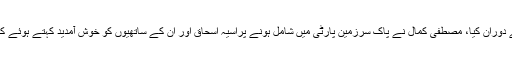
اس بات کا اعلان انہوں نے کراچی میں ایک پریس کانفرنس کے دوران کیا، مصطفیٰ کمال نے پاک سرزمین پارٹی میں شامل ہونے پرآسیہ اسحاق اور ان کے ساتھیوں کو خوش آمدید کہتے ہوئے کراچی میں رواں ہفتے مرکزی دفتر کھولنے کا بھی اعلان کردیا۔